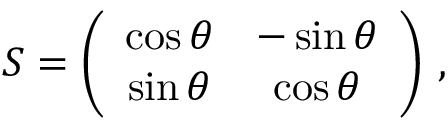
\begin{array} { r } { \boldsymbol { S } = \left( \begin{array} { c c } { \cos \theta } & { - \sin \theta } \\ { \sin \theta } & { \cos \theta } \end{array} \right) \, , } \end{array}